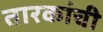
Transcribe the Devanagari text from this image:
तारकांची